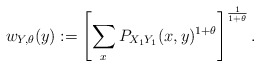
\begin{align*}w_{Y,\theta}(y) := \left[ \sum_x P_{X_1 Y_1}(x,y)^{1+\theta} \right]^{\frac{1}{1+\theta}}.\end{align*}